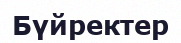
Бүйректер